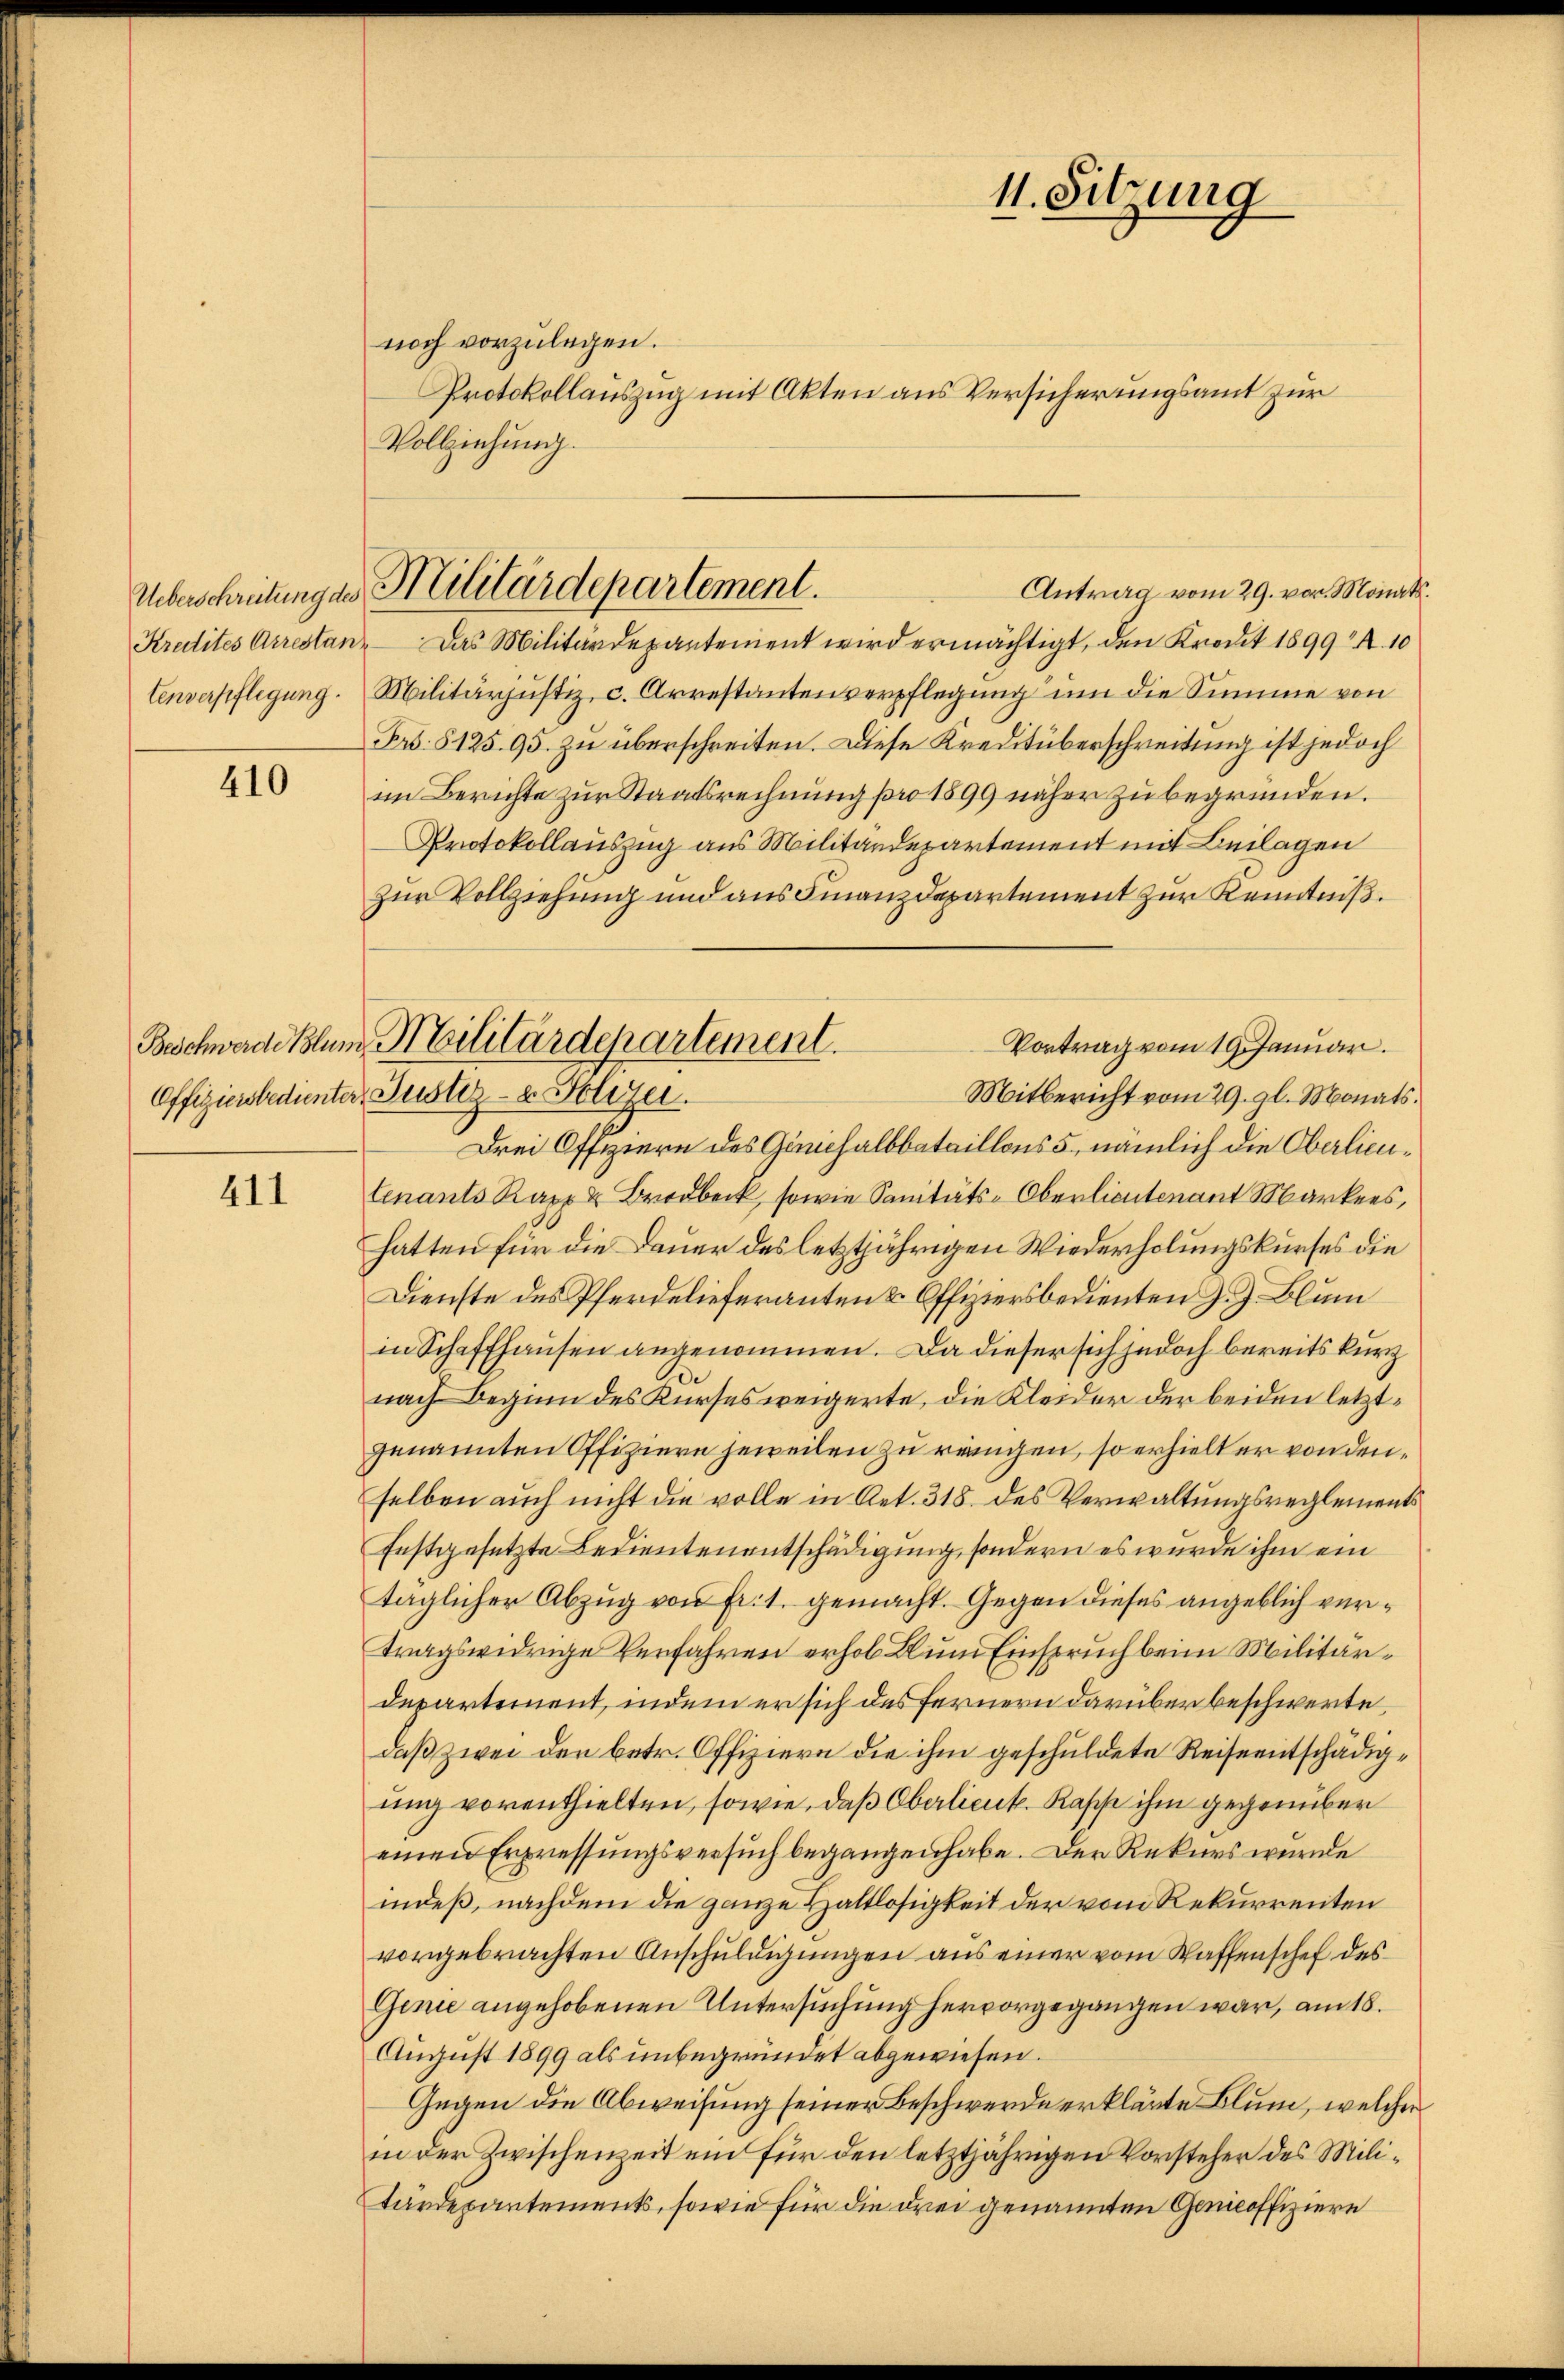
tenverpflegung.

410

noch vorzulegen.
Protokollauszug mit Akten aus Versicherungsamt zur
Vollziehung.

411

Krutites Arrestan. Das Militärdepantement wird ermächtigt, den Kredit 1899 R. 10
Militärjustiz, c. Arrestantenverpflegung um die Summe von
Frs. 5125. 95. zu überschreiten. Diese Kreditüberschreitung ist jedoch
im Berichte zur Staatsrechnung pro 1599 näher zu begründen.
Protokollauszug aus Militärdepartement mit Beilagen
zur Vollziehung und aus Finanzdepartement zur Kenntniß.
Vortrag vom 19. Januar.
Mitbericht vom 29. gl. Monats.
Drei Offiziere des Ganchalbbataillons 5, nämlich die Oberlieutenants Kapp u. Brodbeck, sowie Sanitäts-Oberlieutenant Markers,
hatten für die Dauer des letztjährigen Wiederholungskurses die
Dienste des Pferdelieferanten & Offiziersbedienten J. J. Blum
in Schaffhausen angenommen. Da dieser sich jedoch bereits kurz
nach Beginn des Kurses weigerte, die Kleider der beiden letztgenannten Offiziere jeweilen zu reinigen, so erhielt er von denselben auch nicht die volle in Art. 318. des Verwaltungsreglements
Enstgesetzte Bedientenentschädigung, sondern es wurde ihm ein
täglicher Abzug von fr. 1. gemacht. Gegen dieses angeblich vertragswidrige Verfahren erhob Blum Einspruch beim Militärdepartement, indem er sich des fernern darüber beschwerte,
daß zwei den betr. Offiziere die ihm geschuldete Reiseentschädigung vorenthielten, sowie, daß Oberlieut. Kapp ihm gegenüber
einen Erpressungsversuch begangen habe. Der Rekurs wurde
indeß, nachdem die ganze Haltlosigkeit der vom Rekurrenten
vorgebrachten Anschuldigungen aus einer vom Waffenschef des
Genie angehobenen Untersuchung hervorgegangen war, am 18.
August 1899 als unbegründet abgewiesen.
Gegen die Abweisung seiner Beschwerde erklärte Blum, welcher
in der Zwischenzeit ein für den letztjährigen Vorsteher des Militärdepartements, sowie für die drei genannten Genicoffiziere

11. Sitzung

Antrag vom 29. vor. Monats.
Überschreibungen Militärdepartement.

Beschwerde Blum Militärdepartement.
Offiziersbedienter, Justiz- & Polizei.